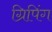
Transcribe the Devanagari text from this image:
ग्रिपिंग